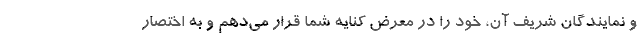
و نمایندگان شریف آن، خود را در معرض کنایه شما قرار می‌دهم و به اختصار